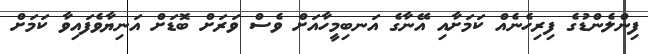
ފިންލެންޑުގެ ފިރިހެނެއް ކަމަށާއި އޭނާގެ އަނބިމީހާއަށް ވެސް ވަރަށް ބޮޑަށް އަނިޔާވެފައިވާ ކަމަށް